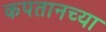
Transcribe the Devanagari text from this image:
कपतानच्या